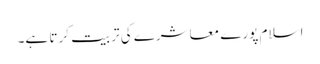
اسلام پورے معاشرے کی تربیت کرتا ہے۔